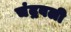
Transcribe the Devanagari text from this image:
चंद्रवली